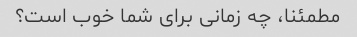
مطمئنا، چه زمانی برای شما خوب است؟